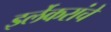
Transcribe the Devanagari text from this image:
इर्लेकरांचे